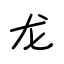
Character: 龙